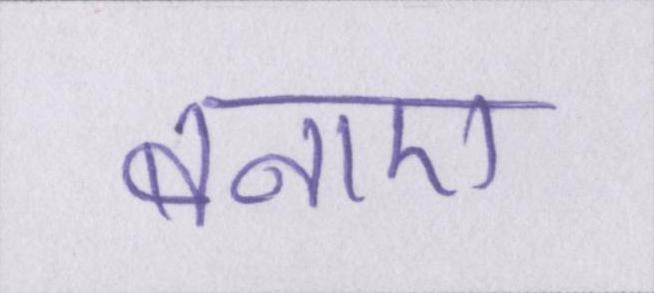
बनाए